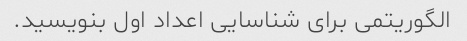
الگوریتمی برای شناسایی اعداد اول بنویسید.